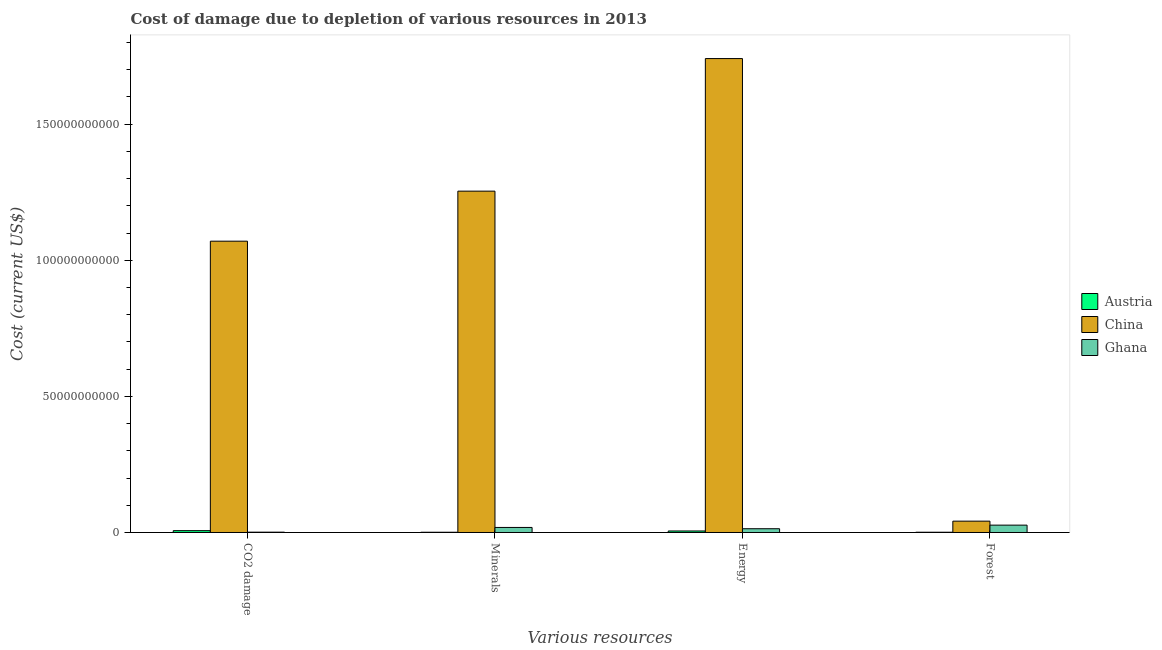
| Various resources | Austria | China | Ghana |
 | --- | --- | --- | --- |
 | CO2 damage | 6.74e+08 | 1.07e+11 | 1.21e+08 |
 | Minerals | 8.96e+07 | 1.25e+11 | 1.85e+09 |
 | Energy | 5.53e+08 | 1.74e+11 | 1.38e+09 |
 | Forest | 9.76e+07 | 4.16e+09 | 2.7e+09 |